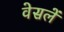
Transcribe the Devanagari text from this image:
वेसलें